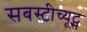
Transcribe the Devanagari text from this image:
सबस्टीच्यूट्स